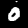
Label: 0